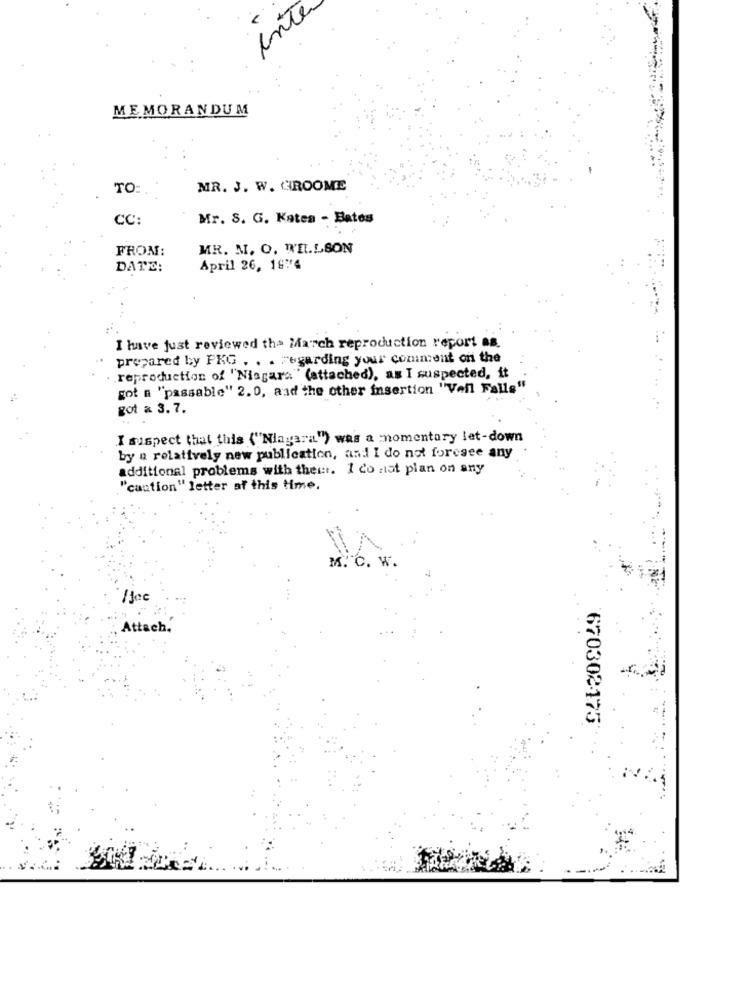
MEMORANDUM
TO:
MR. J. W. CROOME
CC:
Mr. S. G. Kates - Bates
FROM:
MR. M. O. WILLSON
DATE:
April 26, 1874
I have just reviewed tha March reproduction report as.
prepared by PKG . . . Fugarding your comment on the
reproduction of "Niagara" (attached), as I suspected, it
got a "passable" 2.0, and the other insertion "Veil Falls"
got & 3.7.
I suspect that this ("Niagara") was a momentary let-down
by a relatively new publication, and I do not foresee any
additional problems with them. I do not plan on any
"caution" letter af this time.
M. C. W.
Jec
Attach.
670302175